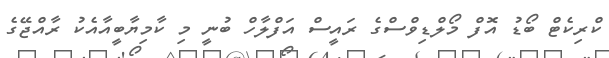
ކްރިކެޓް ބޯޑު އޮފް މޯލްޑިވްސްގެ ރައީސް އަފްލާހް ބުނީ މި ކާމިޔާބީއާއެކު ރާއްޖޭގެ